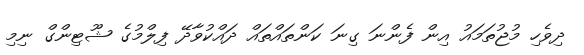
ދިވެހި މުޖުތަމައު އިން ފެންނަ ގިނަ ކަންތައްތައް ދައްކުވާދޭ ފިލްމުގެ ޝޫޓިންގް ނިމި